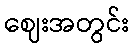
ဈေးအတွင်း